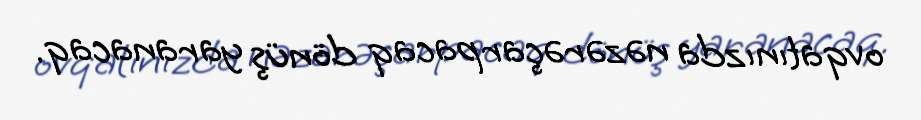
ovqatınızda nəzərəçarpacaq dönüş yaranacaq.